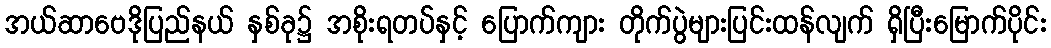
အယ်ဆာဗေဒိုပြည်နယ် နှစ်ခု၌ အစိုးရတပ်နှင့် ပြောက်ကျား တိုက်ပွဲများပြင်းထန်လျက် ရှိပြီးမြောက်ပိုင်း